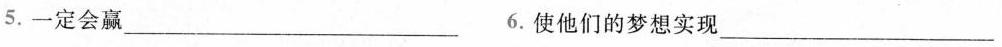
5.一定会赢___6.使他们的梦想实现___